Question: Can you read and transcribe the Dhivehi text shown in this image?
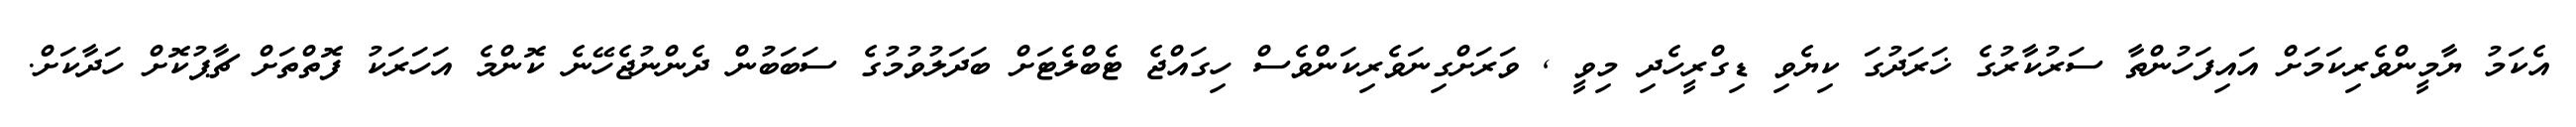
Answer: އެކަމު ޔާމީންވެރިކަމަށް އައިފަހުންތާ ސަރުކާރުގެ ޚަރަދުގަ ކިޔެވި ޑިގްރީހެދި މިވީ , ވަރަށްގިނަވެރިކަންވެސް ހިގައްޖެ ޓެބްލެޓަށް ބަދަލުވުމުގެ ސަބަބުން ދެންނުޖެހޭނެ ކޮންމެ އަހަރަކު ފޮތްތަށް ޗާޕުކޮށް ހަދާކަށް.